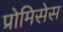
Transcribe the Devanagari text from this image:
प्रोमिसेस